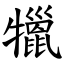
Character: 犣